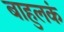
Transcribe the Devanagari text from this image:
बाहुलकं